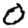
Digit: 0